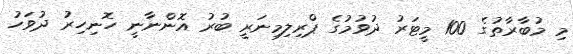
މި މުބާރާތުގެ 100 މީޓަރު ދުވުމުގެ ޕްރިލިމިނަރީ ބުރު އޮންނާނީ ހޮނިހިރު ދުވަހު